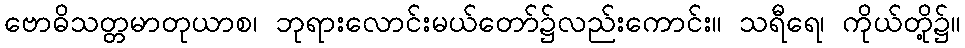
ဗောဓိသတ္တမာတုယာစ၊ ဘုရားလောင်းမယ်တော်၌လည်းကောင်း။ သရီရေ၊ ကိုယ်တို့၌။